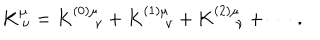
LaTeX: K _ { \ \nu } ^ { \mu } = K _ { \quad \ \nu } ^ { ( 0 ) \mu } + K _ { \quad \ \nu } ^ { ( 1 ) \mu } + K _ { \quad \ \nu } ^ { ( 2 ) \mu } + \cdots \ .